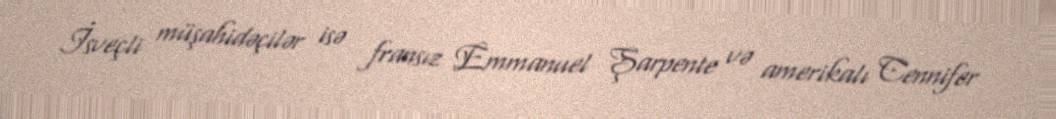
İsveçli müşahidəçilər isə fransız Emmanuel Şarpente və amerikalı Cennifer